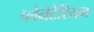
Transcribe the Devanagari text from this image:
प्‍लेनेटेरियम